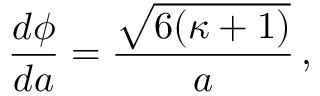
{ \frac { d \phi } { d a } } = { \frac { \sqrt { 6 ( \kappa + 1 ) } } { a } } \, ,